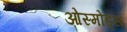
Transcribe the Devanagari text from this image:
ओस्मोंड्स